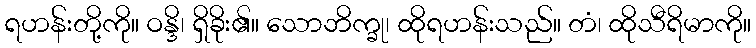
ရဟန်းတို့ကို။ ဝန္ဒိ၊ ရှိခိုး၏။ သောဘိက္ခု၊ ထိုရဟန်းသည်။ တံ၊ ထိုသီရိမာကို။